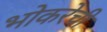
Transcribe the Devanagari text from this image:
भोकरेची